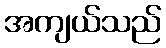
အကျယ်သည်